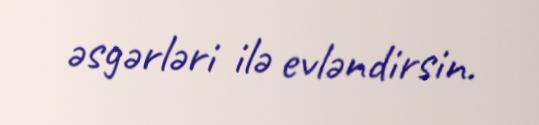
əsgərləri ilə evləndirsin.